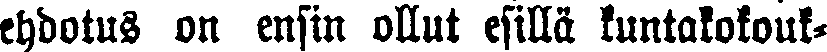
ehdotus on ensin ollut esillä kuntakokouk-